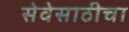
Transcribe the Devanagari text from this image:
सेवेसाठीचा